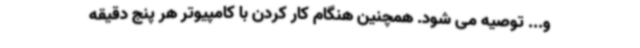
و... توصیه می شود. همچنین هنگام کار کردن با کامپیوتر هر پنج دقیقه